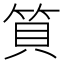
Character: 筫